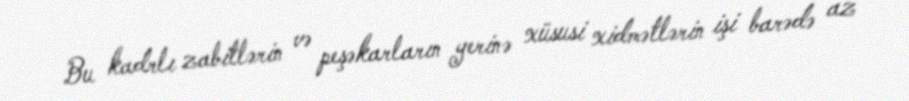
Bu kadrlı zabitlərin və peşəkarların yerinə xüsusi xidmətlərin işi barədə az